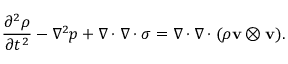
{ \frac { \partial ^ { 2 } \rho } { \partial t ^ { 2 } } } - \nabla ^ { 2 } p + \nabla \cdot \nabla \cdot \sigma = \nabla \cdot \nabla \cdot ( \rho \mathbf { v } \otimes \mathbf { v } ) .